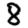
Digit: 8